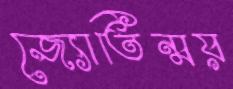
জ্যোতিন্ময়